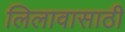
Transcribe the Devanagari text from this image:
लिलावासाठी